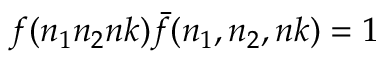
f ( n _ { 1 } n _ { 2 } n k ) { \bar { f } } ( n _ { 1 } , n _ { 2 } , n k ) = 1